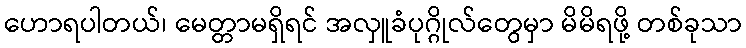
ဟောရပါတယ်၊ မေတ္တာမရှိရင် အလှူခံပုဂ္ဂိုလ်တွေမှာ မိမိရဖို့ တစ်ခုသာ